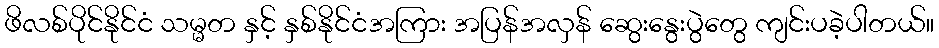
ဖိလစ်ပိုင်နိုင်ငံ သမ္မတ နှင့် နှစ်နိုင်ငံအကြား အပြန်အလှန် ဆွေးနွေးပွဲတွေ ကျင်းပခဲ့ပါတယ်။